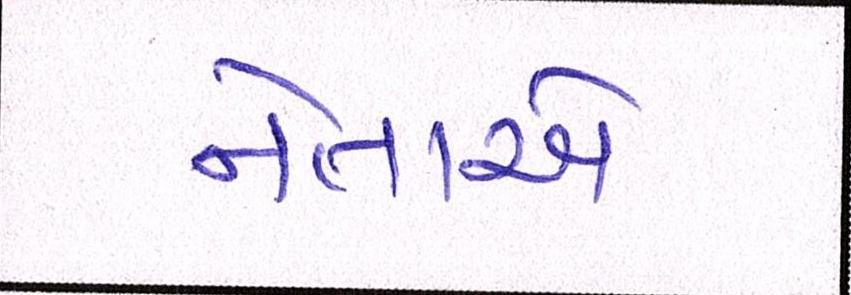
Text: નેતાએ